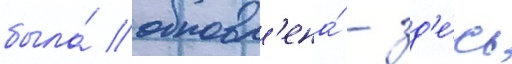
была́ обновл'ена́ - зд'е́сь